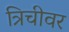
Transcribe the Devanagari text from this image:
त्रिचीवर